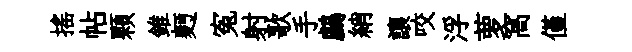
摇帖顆錐麪寃射歌手鸕綃讓咬浮萝窩僅